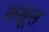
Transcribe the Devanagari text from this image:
कञ्जूस